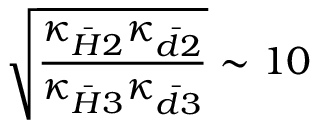
\sqrt { { \frac { \kappa _ { { \bar { H } } 2 } \kappa _ { { \bar { d } } 2 } } { \kappa _ { { \bar { H } } 3 } \kappa _ { { \bar { d } } 3 } } } } \sim 1 0